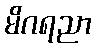
မိဂရညာ